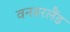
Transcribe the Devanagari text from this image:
वनडरलैंड